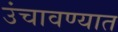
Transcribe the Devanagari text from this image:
उंचावण्यात